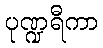
ပုဏ္ဍရီကာ